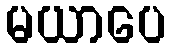
မယာပေ